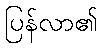
ပြန်လာ၏